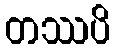
တဿပိ